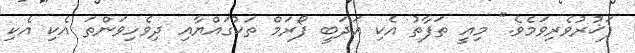
ފަޚުރުވެރިވަމެވެ." މިއީ ތަފާތު އެކި އަދަބީ ފޯރަމް ތަކުގައްޔާއި ދިވެހިވަންތަ އެކި އެކި